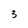
Character: 3